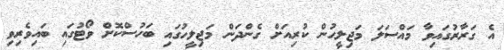
އެ ގަރާރުގައިވާ މައްސަލަ މަޖިލީހުން ކުރިއަށް ގެންދަން މަޖިލީހުގައި ބަހުސްކޮށް ވޯޓުގައި ބައިވެރިވި